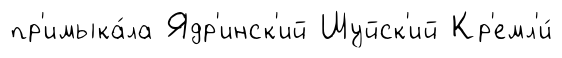
пр'имыка́ла Ядр'инск'ий Шуйск'ий Кр'емл'и́